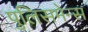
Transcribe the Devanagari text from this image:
पुलिसमेन्स